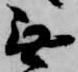
無